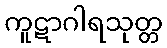
ကူဋာဂါရသုတ္တ